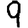
Digit: 9